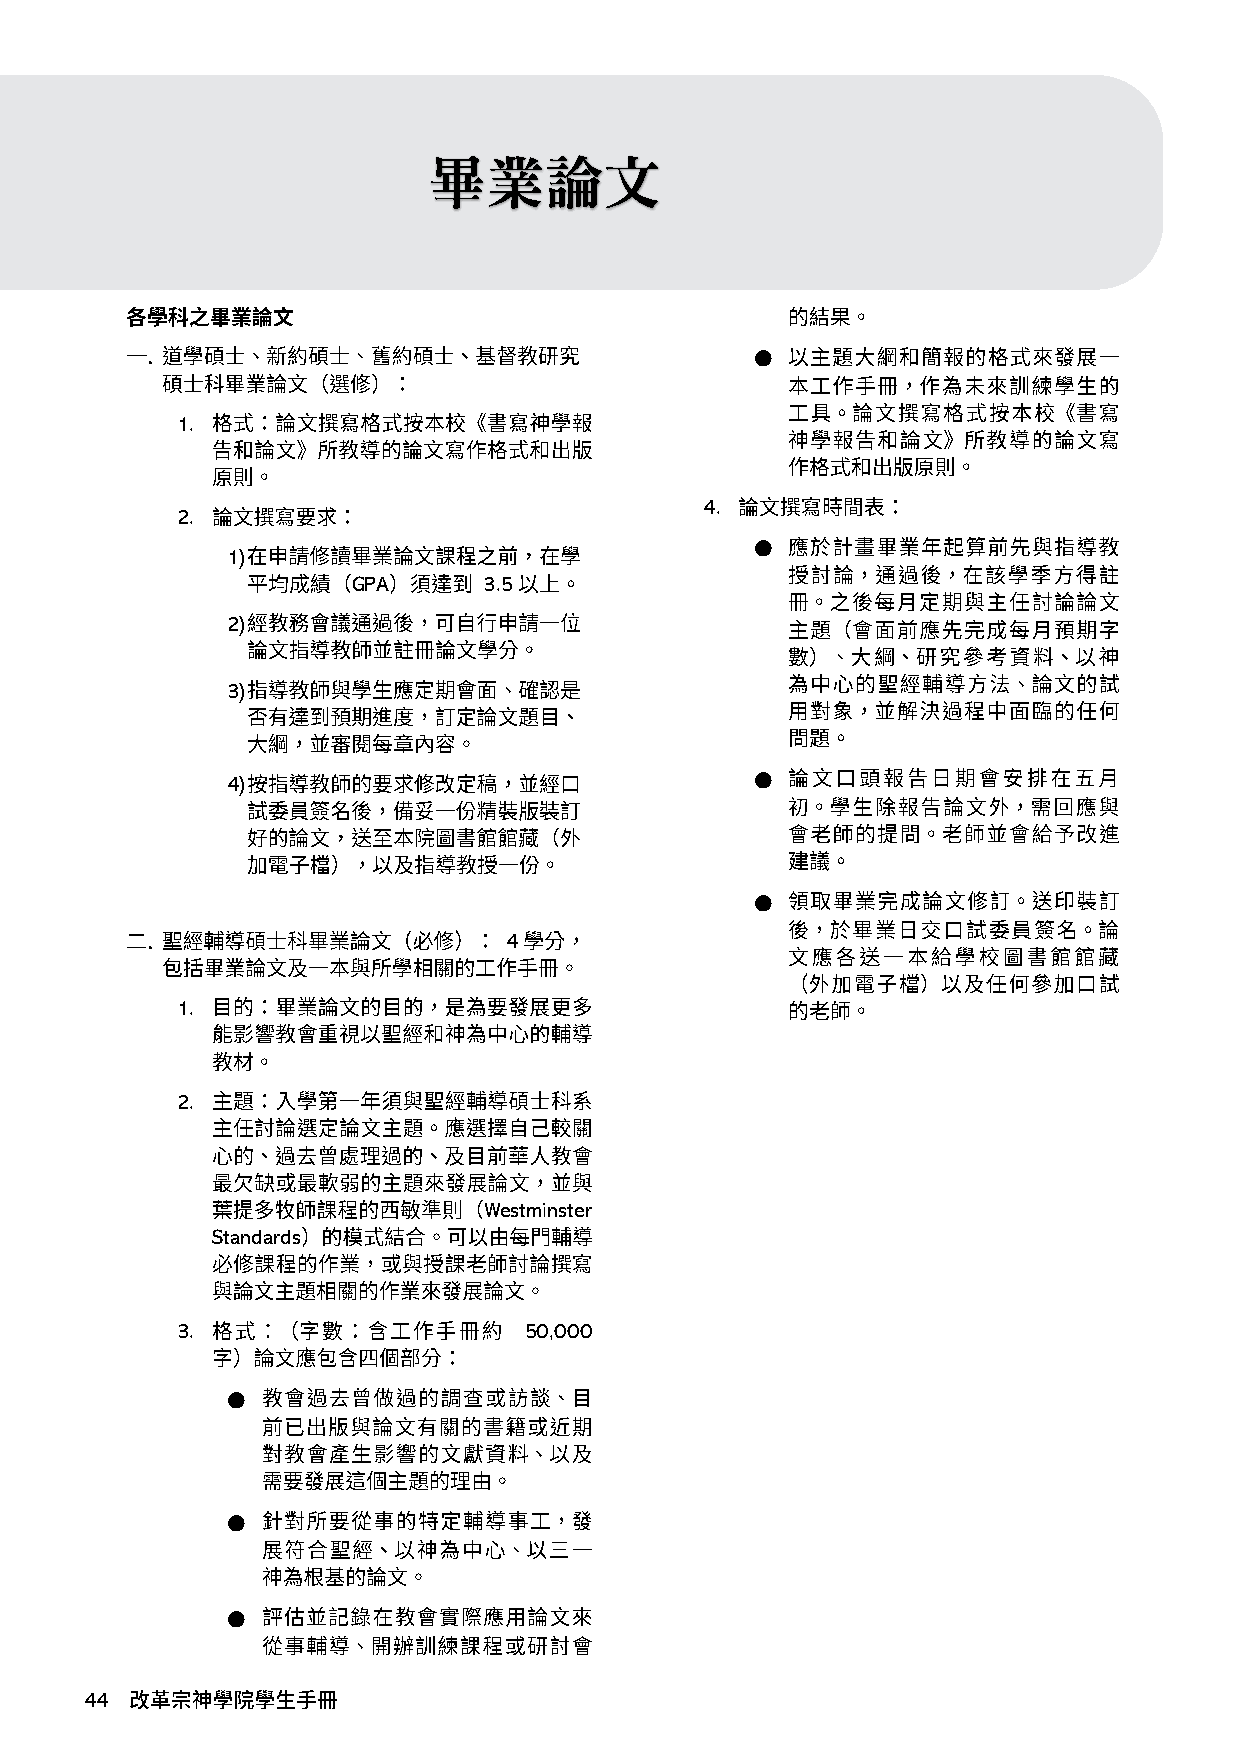
畢業論文
 ●
 1.
 4.
 2.
 ●
 1)
 GPA      3.5
 2)
 3)
 4)                                 ●
 ●
 4
 1.
 2.
 Westminster
 Standards
 3.                     50,000
 ●
 ●
 ●
 44